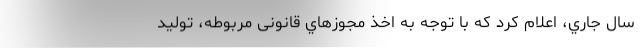
سال جاري، اعلام کرد که با توجه به اخذ مجوزهاي قانونی مربوطه، توليد